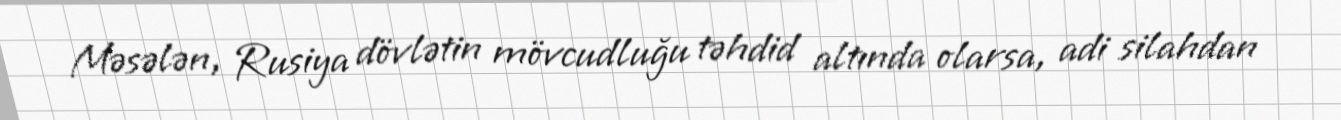
Məsələn, Rusiya dövlətin mövcudluğu təhdid altında olarsa, adi silahdan